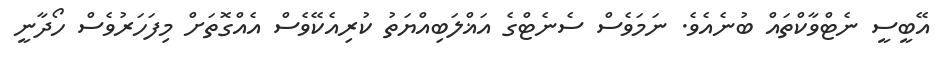
އޭބީސީ ނެޓްވާކްތައް ބުނެއެވެ. ނަމަވެސް ސެނެޓްގެ އަޣްލަބިއްޔަތު ކުރިއެކޭވެސް އެއްގޮތަށް މިފަހަރުވެސް ހޯދާނީ